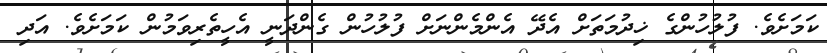
ކަމަށެވެ. ފުލުހުންގެ ޚިދުމަތަށް އެދޭ އެންމެންނަށް ފުލުހުން ގެންދަނީ އެހީތެރިވަމުން ކަމަށެވެ. އަދި